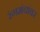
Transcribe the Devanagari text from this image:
रंगमंचांवर